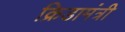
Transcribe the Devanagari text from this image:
क्रिडामंत्री